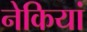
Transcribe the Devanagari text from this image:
नेकियां